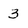
Character: 3